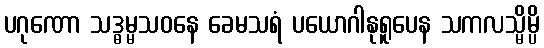
ပဂုဏော သဒ္ဓမ္မသဝနေ ခေမသရံ ပယောဂါနုရူပေန သကလသ္မိမ္ပိ